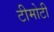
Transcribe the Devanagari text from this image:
टीमोटी